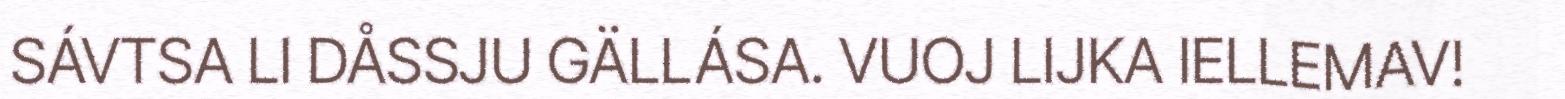
SÁVTSA LI DÅSSJU GÄLLÁSA. VUOJ LIJKA IELLEMAV!